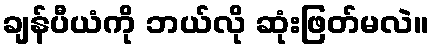
ချန်ပီယံကို ဘယ်လို ဆုံးဖြတ်မလဲ။